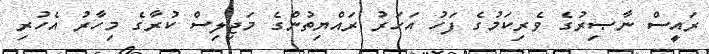
ރައީސް ނާޞިރުގެ ވެރިކަމުގެ ފަހު އަހަރު ރައްޔިތުންގެ މަޖިލިސް ކުރާގެ މިހާރު އެހުރި